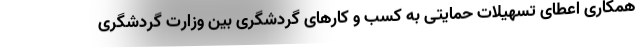
همکاری اعطای تسهیلات حمایتی به کسب و کارهای گردشگری بین وزارت گردشگری